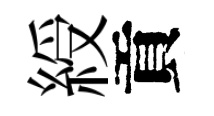
綬貢